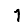
Digit: 1